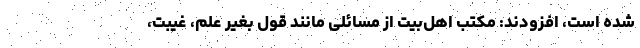
شده است، افزودند: مکتب اهل‌بیت از مسائلی مانند قول بغیر علم، غیبت،